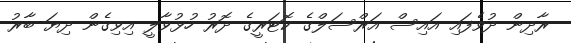
ރާދިން ދުވެފައި އައިސް އަރްސަލްގެ ކޮޓަރީގެ ދޮރު ހުޅުވާލީ އިވިގެން ދިޔަ ބާރު